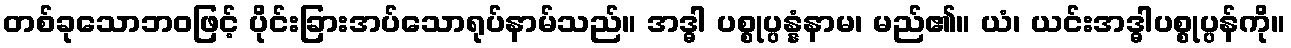
တစ်ခုသောဘဝဖြင့် ပိုင်းခြားအပ်သောရုပ်နာမ်သည်။ အဒ္ဓါ ပစ္စုပ္ပန္နံနာမ၊ မည်၏။ ယံ၊ ယင်းအဒ္ဓါပစ္စုပ္ပန်ကို။